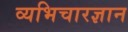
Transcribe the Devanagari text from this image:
व्यभिचारज्ञान